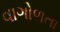
વાગોળતા